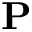
\mathbf { P }